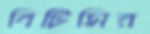
বিটিসির